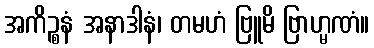
အကိဉ္စနံ အနာဒါနံ၊ တမဟံ ဗြူမိ ဗြာဟ္မဏံ။